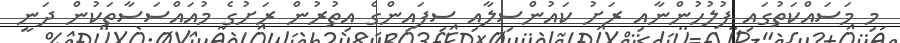
މި މަސައްކަތުގައި ފުލުހުންނާއި ރަށު ކައުންސިލާއި ސިފައިންގެ އިތުރުން ރަށުގެ މުއައްސަސާތަކުން ދަނީ